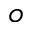
_ o